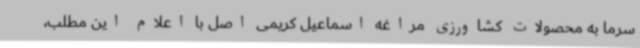
سرما به محصولات کشاورزی مراغه اسماعیل کریمی اصل با اعلام این مطلب،